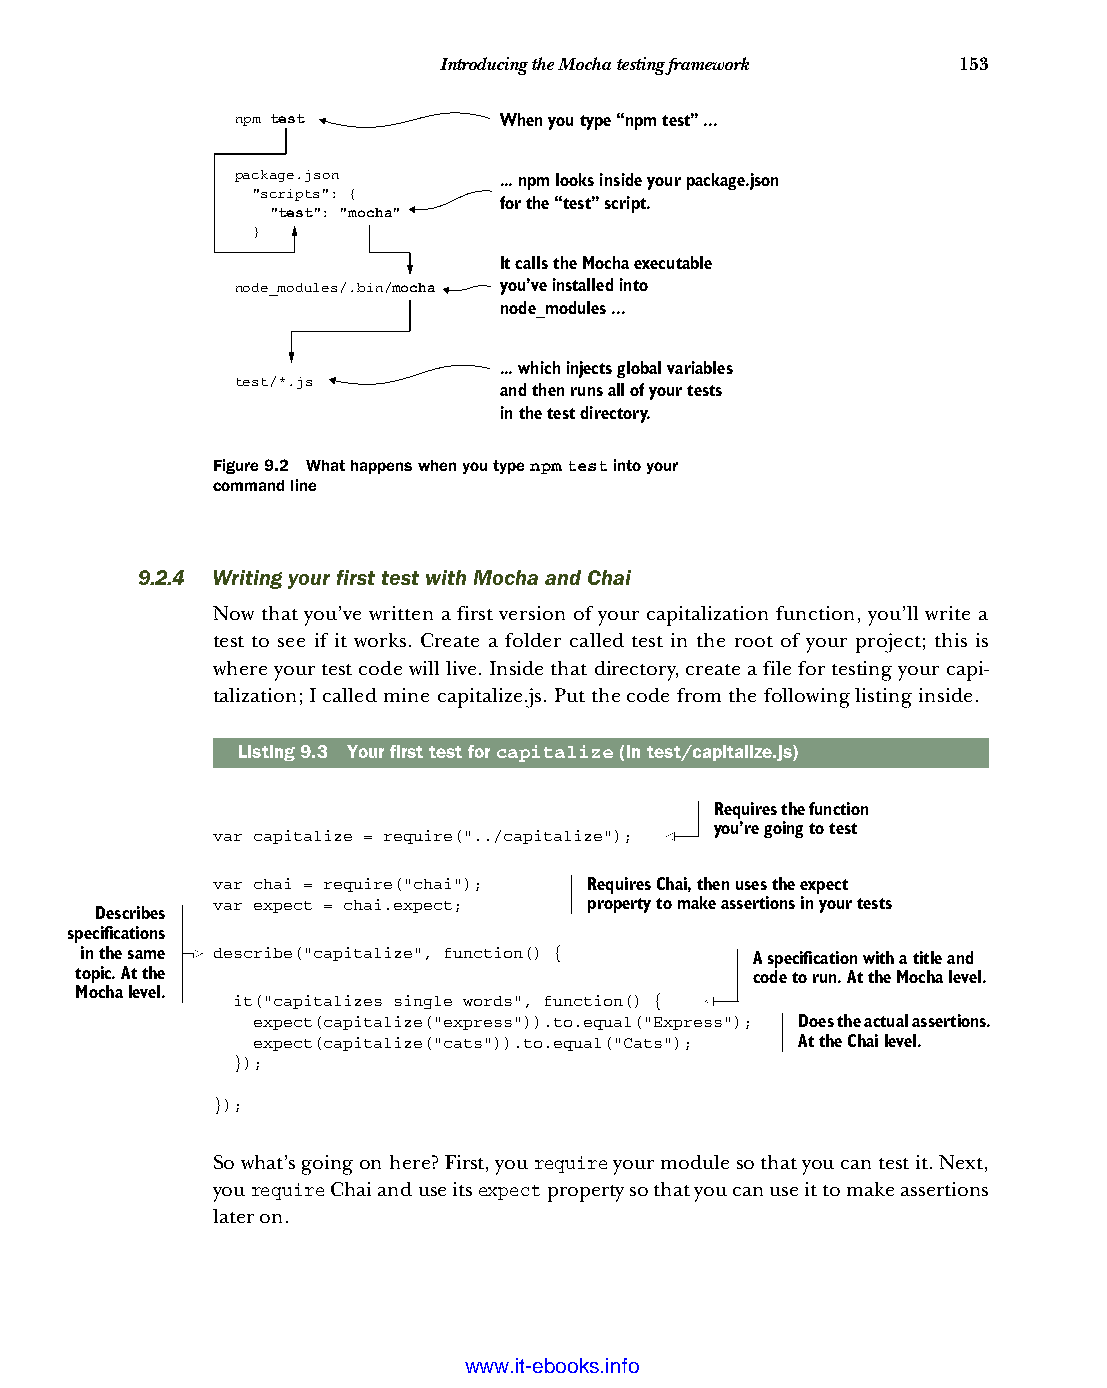
Introducing the Mocha testing framework 153
 npm test         When you type“npm test”...
 package.json     ... npm looks inside your package.json
 "scripts": {
 for the“test”script.
 "test " : "m o c h a "
 }
 It calls the Mocha executable
 node_modules/.bin/mocha you’ve installed into
 node_modules ...
 ... which injects global variables
 test/*.js
 and then runs all of your tests
 in the test directory.
 Figure 9.2 What happens when you type npm test into your
 command line
 9.2.4 Writing your first test with Mocha and Chai
 Now that you’ve written a first version of your capitalization function, you’ll write a
 test to see if it works. Create a folder called test in the root of your project; this is
 where your test code will live. Inside that directory, create a file for testing your capi-
 talization; I called mine capitalize.js. Put the code from the following listing inside.
 Listing9.3 Your first test for capitalize (in test/capitalize.js)
 Requires the function
 you’re going to test
 var capitalize = require("../capitalize");
 var chai = require("chai"); Requires Chai, then uses the expect
 var expect = chai.expect; property to make assertions in your tests
 Describes
 specifications
 in the same describe("capitalize", function() { A specification with a title and
 topic. At the                                code to run. At the Mocha level.
 Mocha level.
 it("capitalizes single words", function() {
 expect(capitalize("express")).to.equal("Express"); Does the actual assertions.
 expect(capitalize("cats")).to.equal("Cats"); At the Chai level.
 });
 });
 So what’s going on here? First, you require your module so that you can test it. Next,
 you require Chai and use its expect property so that you can use it to make assertions
 later on.
 Licensed wtow w <.mit-ielebro.8o8k8s@.ingfomail.com>